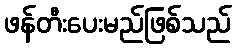
ဖန်တီးပေးမည်ဖြစ်သည်